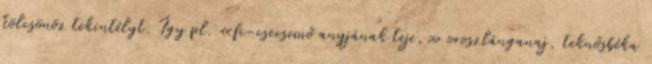
kölcsönöz tekintélyt. Így pl. «fi-csecsemő anyjának teje,» oroszlánganaj, teknősbéka